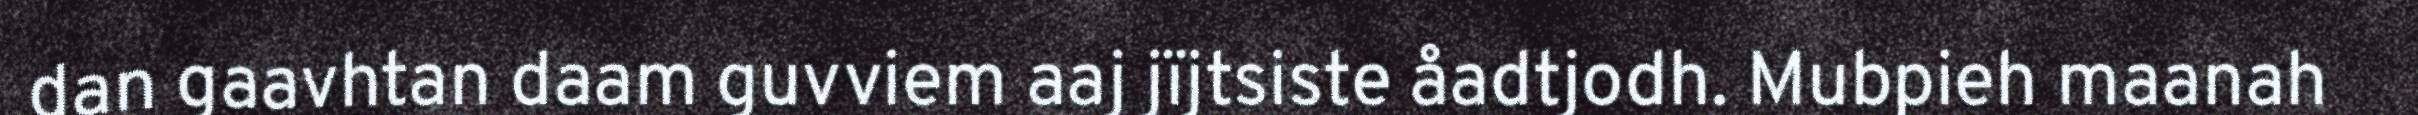
dan gaavhtan daam guvviem aaj jïjtsiste åadtjodh. Mubpieh maanah